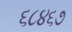
૬૮૪૬૭